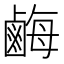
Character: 𪉥